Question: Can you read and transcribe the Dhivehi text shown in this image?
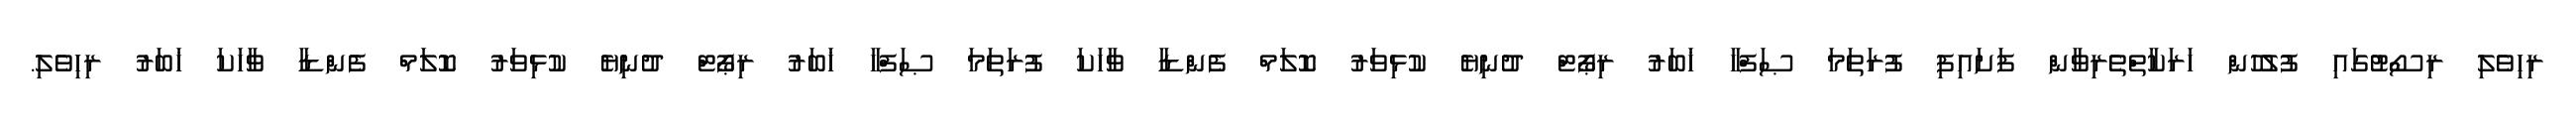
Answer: ރިހިވެލި ރިސޯޓުގައި ފުލުހުން ހަރަކާތްތެރިވާން ފަށައިފި ފުރަތަމަ ޞަފްހާ ޚަބަރު ރިޕޯޓް ދުނިޔެ ކުޅިވަރު ކޮލަމް ފެންޑާ ވާހަކަ ފުރަތަމަ ޞަފްހާ ޚަބަރު ރިޕޯޓް ދުނިޔެ ކުޅިވަރު ކޮލަމް ފެންޑާ ވާހަކަ ޚަބަރު ރިހިވެލި.